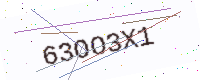
Text: 63OO3X1